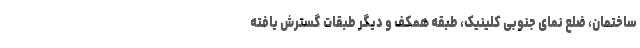
ساختمان، ضلع نمای جنوبی کلینیک، طبقه همکف و دیگر طبقات گسترش یافته